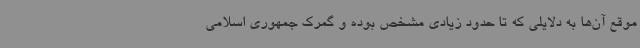
موقع آن‌ها به دلایلی که تا حدود زیادی مشخص بوده و گمرک جمهوری اسلامی